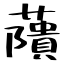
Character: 藬